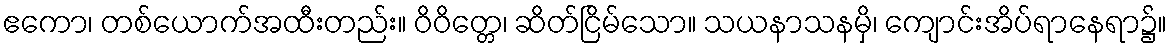
ဧကော၊ တစ်ယောက်အထီးတည်း။ ဝိဝိတ္တေ၊ ဆိတ်ငြိမ်သော။ သယနာသနမှိ၊ ကျောင်းအိပ်ရာနေရာ၌။